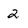
Character: 2